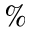
\%